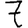
Digit: 7